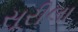
સૂરીલા